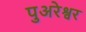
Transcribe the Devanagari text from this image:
पुअरेश्वर